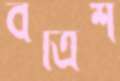
বত্রিশ